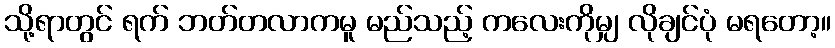
သို့ရာတွင် ရက် ဘတ်တလာကမူ မည်သည့် ကလေးကိုမျှ လိုချင်ပုံ မရတော့။